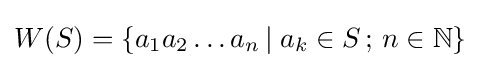
W(S)=\{a_{1}a_{2}\ldots a_{n}\,\vert \;a_{k}\in S\,;\,n\in \mathbb {N} \}